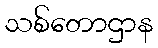
သစ်တောဌာန